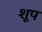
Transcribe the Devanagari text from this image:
शूप